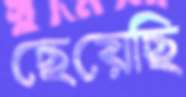
ছেয়েছি